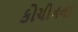
કોચીનના